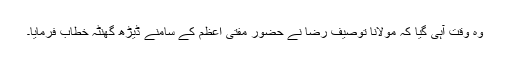
وہ وقت آہی گیا کہ مولانا توصیف رضا نے حضور مفتی اعظم کے سامنے ڈیڑھ گھنٹہ خطاب فرمایا۔